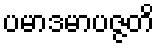
ပမာဒမာပဇ္ဇတိ